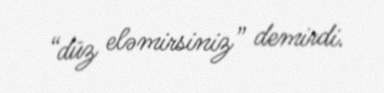
“düz eləmirsiniz” demirdi.